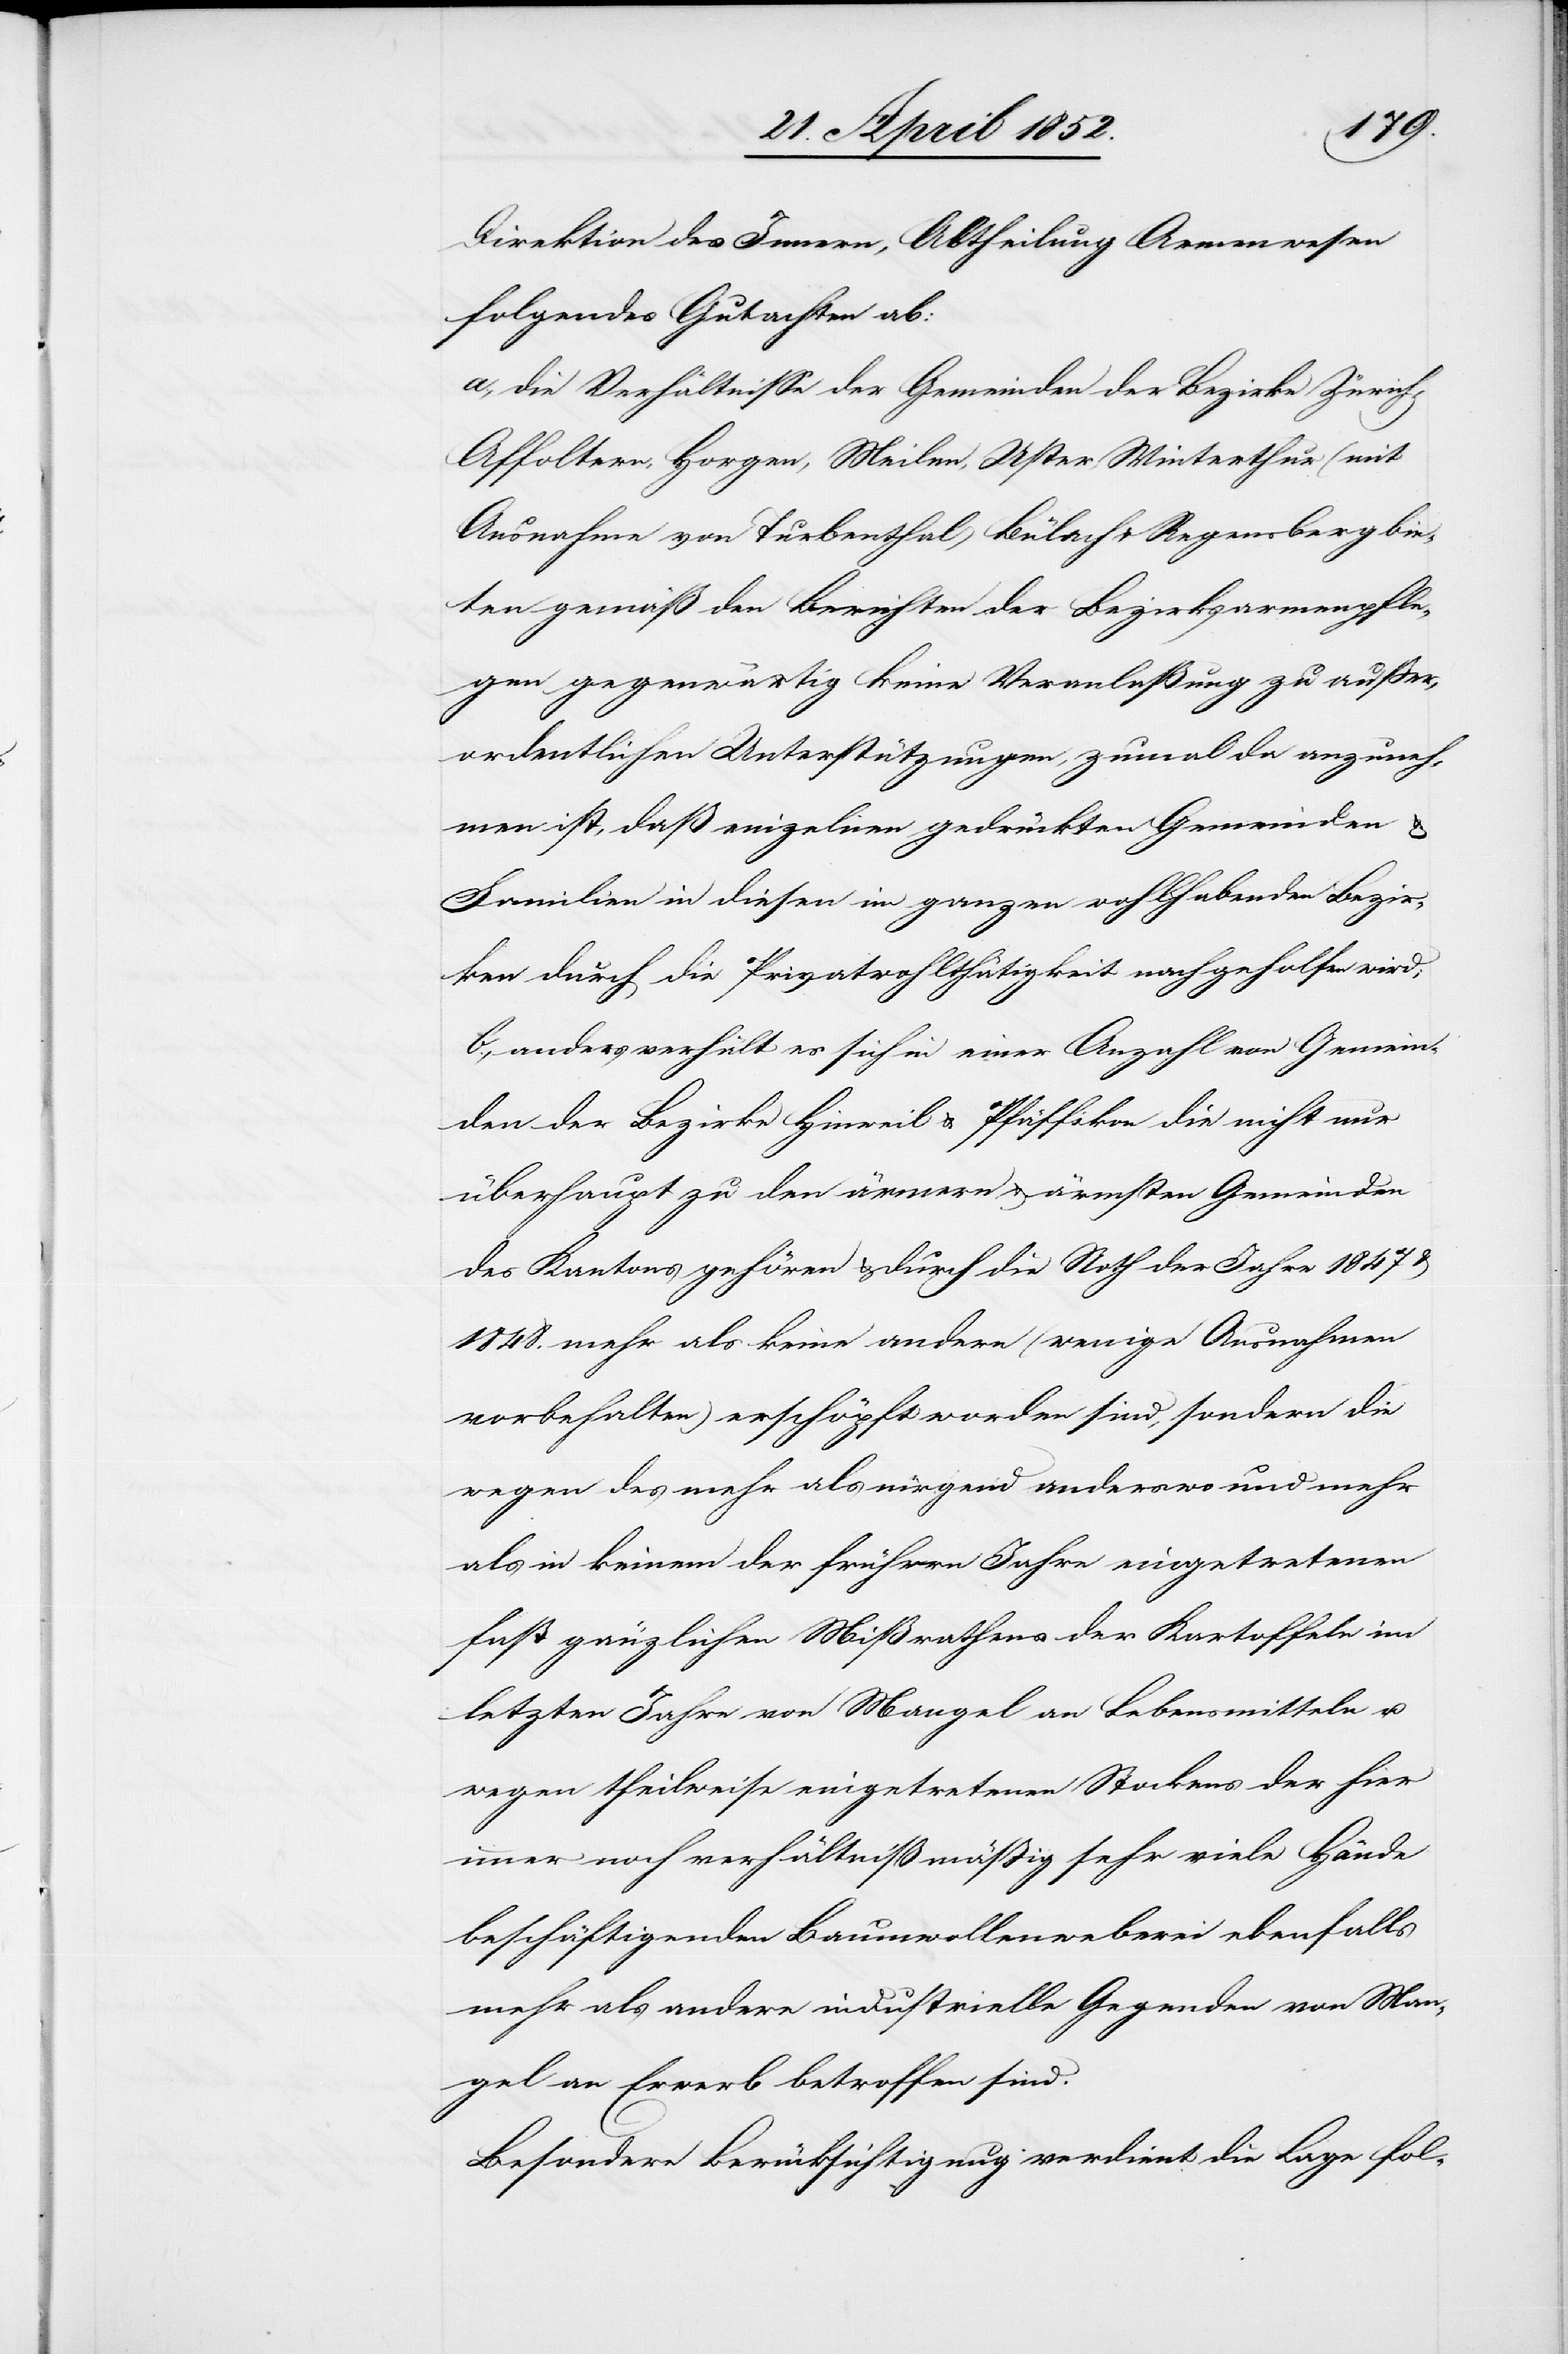
Direktion des Innern, Abtheilung Armenwesen
folgendes Gutachten ab:
a., die Verhältnisse der Gemeinden der Bezirke Zürich,
Affoltern, Horgen, Meilen, Uster, Winterthur (mit
Ausnahme von Turbenthal) Bülach & Regensberg bie¬
ten gemäß den Berichten der Bezirksarmenpfle¬
gen gegenwärtig keine Veranlaßung zu ausser¬
ordentlichen Unterstützungen, zumal da anzuneh¬
men ist, daß einzelnen gedrückten Gemeinden &
Familien in diesen im ganzen wohlhabenden Bezir¬
ken durch die Privatwohlthätigkeit nachgeholfen wird;
b., anders verhält es sich in einer Anzahl von Gemein¬
den der Bezirke Hinweil & Pfäffikon die nicht nur
überhaupt zu den ärmern & ärmsten Gemeinden
des Kantons gehören & durch die Noth der Jahre 1847 &
1848. mehr als keine andere (wenige Ausnahmen
vorbehalten) erschöpft worden sind, sondern die
wegen des mehr als nirgend anderswo und mehr
als in keinem der frühern Jahre eingetretenen
fast gänzlichen Mißrathens der Kartoffeln im
letzten Jahre von Mangel an Lebensmitteln u.
wegen theilweise eingetretenen Stockens der hier
immer noch verhältnißmäßig sehr viele Hände
beschäftigenden Baumwollenweberei ebenfalls
mehr als andere industrielle Gegenden von Man¬
gel an Erwerb betroffen sind.
Besondere Berücksichtigung verdient die Lage fol-